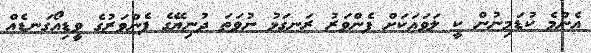
އެންމެ ކުޑަމިނުން ކީ ލަވައަކަށް ފެންވަރު ރަނގަޅު ނުވަތަ ދުނިޔޭގެ ފެންވަރުގެ ވީޑިއޯގަނޑެއް